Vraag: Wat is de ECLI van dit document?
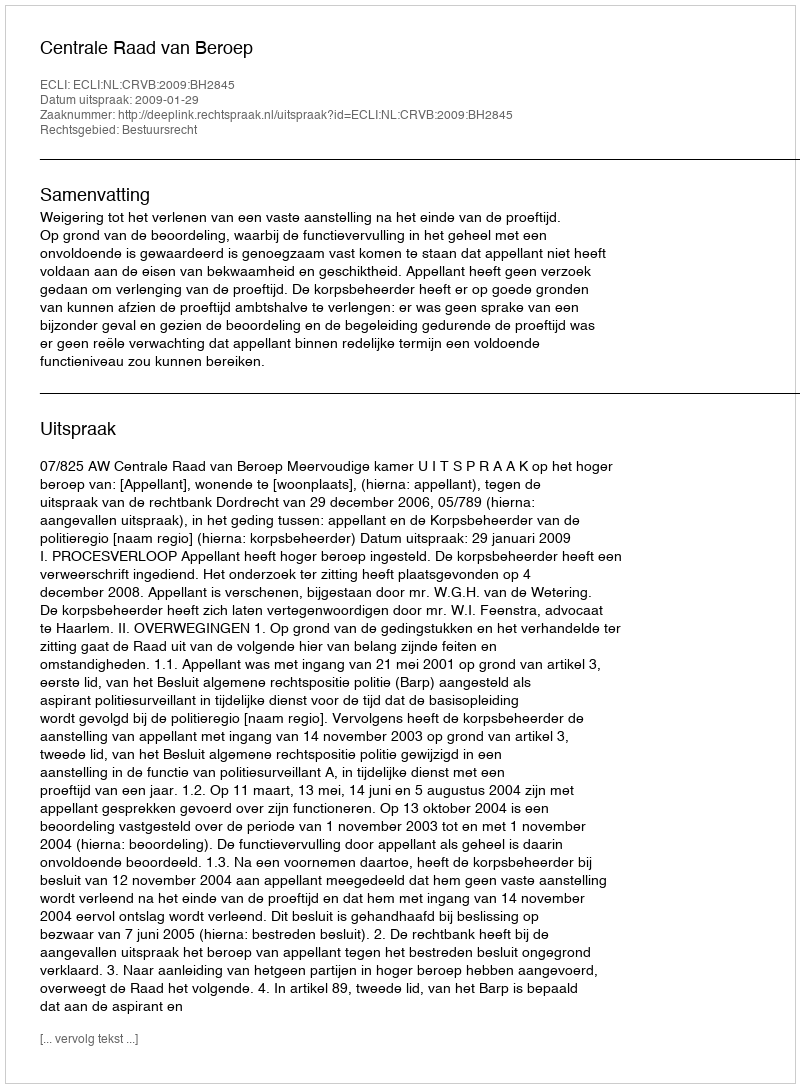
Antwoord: ECLI:NL:CRVB:2009:BH2845